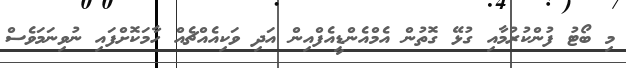
މި ބޯޓު ފުންކުރުމާއި ގުޅޭ ގޮތުން އެމްއެންޑީއެފްއިން އަދި ވަކިއެއްޗެއް ހާމަކޮށްފައި ނުވިނަމަވެސް